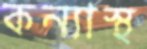
কন্যাস্থ